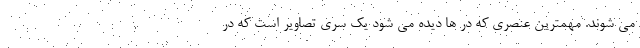
می شوند. مهمترین عنصری که در ها دیده می شود یک سری تصاویر است که در